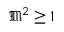
{ \mathfrak { M } } ^ { 2 } \geq 1